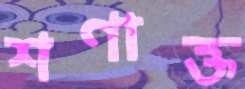
শণাক্ত